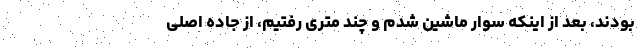
بودند، بعد از اینکه سوار ماشین شدم و چند متری رفتیم، از جاده اصلی